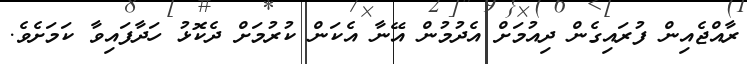
ރާއްޖެއިން ފުރައިގެން ދިއުމަށް އެދުމުން އޭނާ އެކަން ކުރުމަށް ދެކޮޅު ހަދާފައިވާ ކަމަށެެވެ.